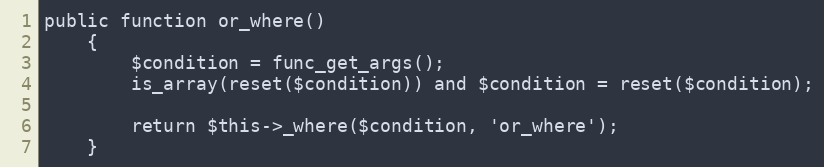
Language: PHP
public function or_where()
	{
		$condition = func_get_args();
		is_array(reset($condition)) and $condition = reset($condition);

		return $this->_where($condition, 'or_where');
	}